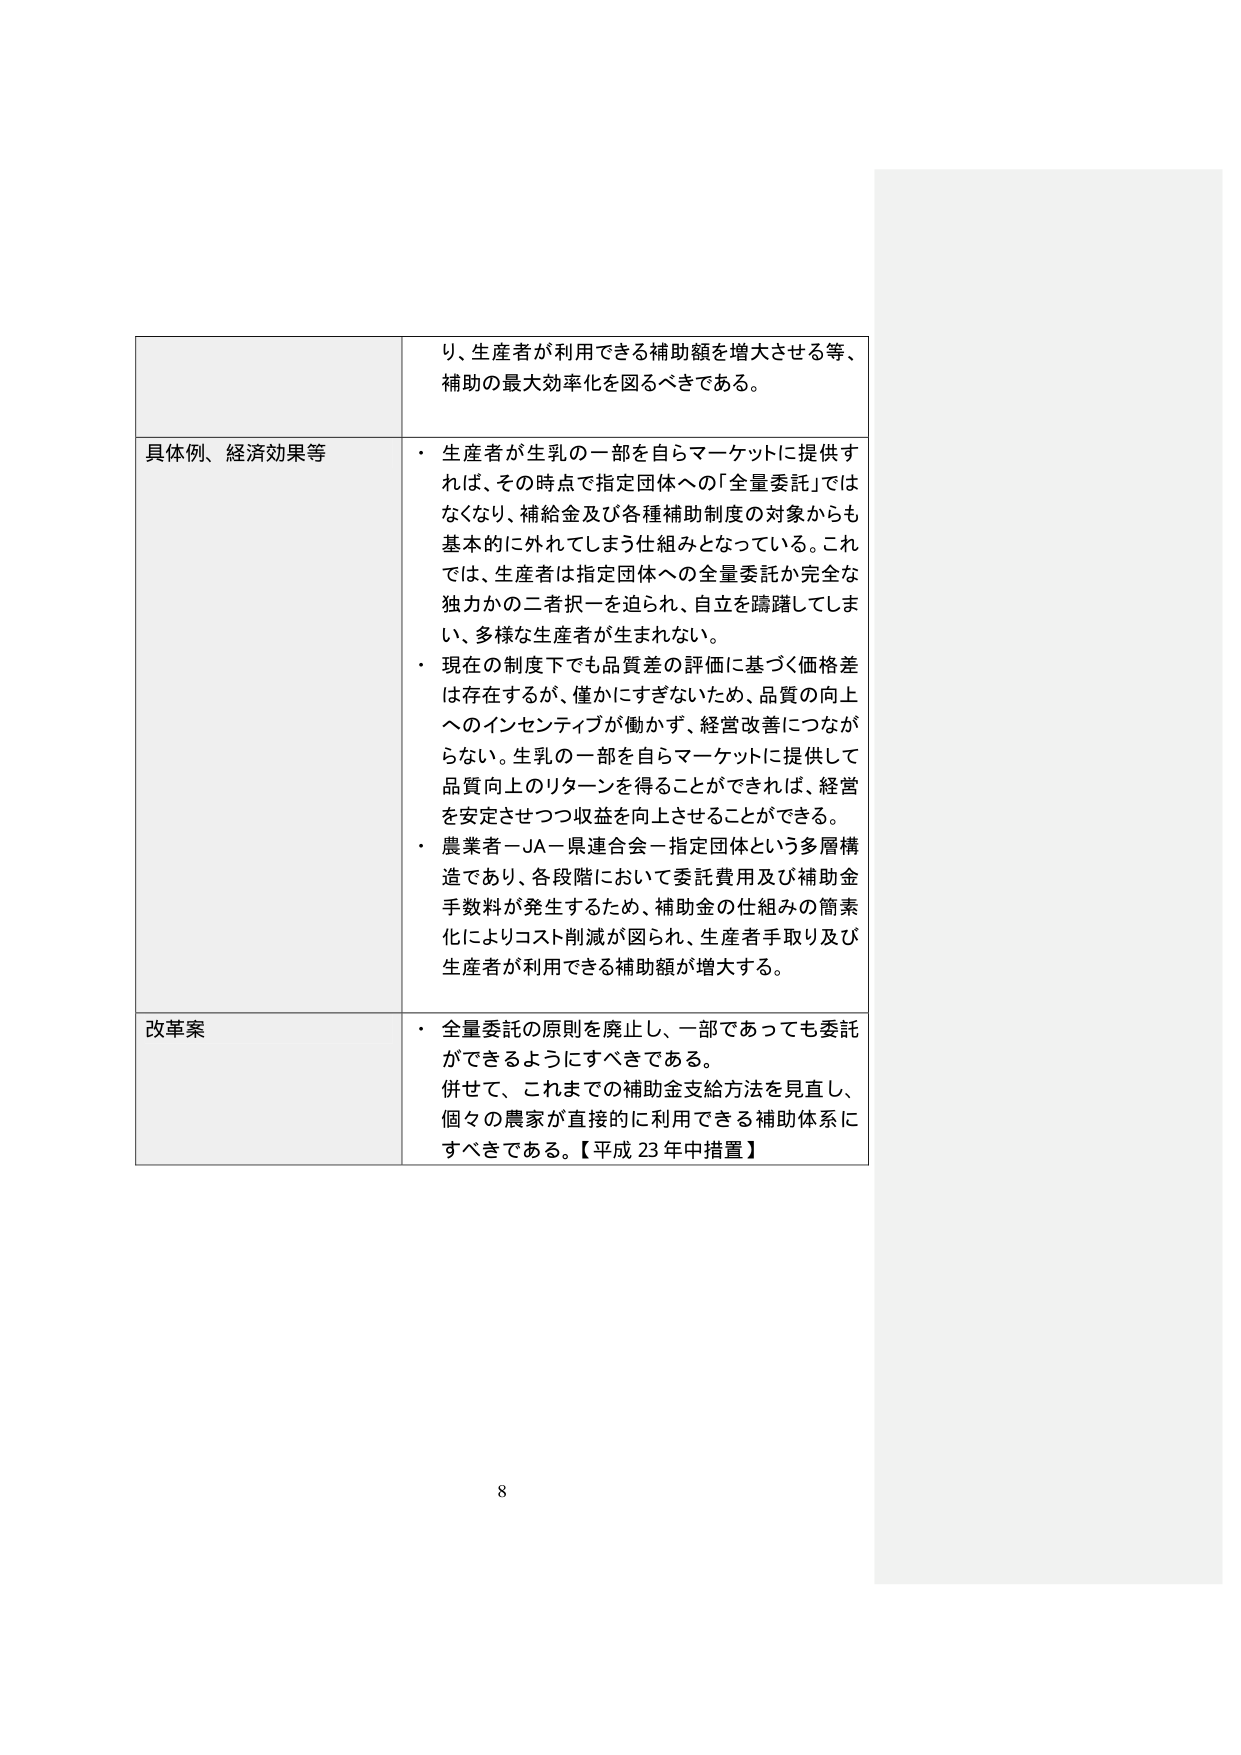
り、生産者が利用できる補助額を増大させる等、
補助の最大効率化を図るべきである。

具体例、経済効果等
・ 生産者が生乳の一部を自らマーケットに提供す
れば、その時点で指定団体への「全量委託」では
なくなり、補給金及び各種補助制度の対象からも
基本的に外れてしまう仕組みとなっている。これ
では、生産者は指定団体への全量委託か完全な
独力かの二者択一を迫られ、自立を躊躇してしま
い、多様な生産者が生まれない。
・ 現在の制度下でも品質差の評価に基づく価格差
は存在するが、僅かにすぎないため、品質の向上
へのインセンティブが働かず、経営改善につなが
らない。生乳の一部を自らマーケットに提供して
品質向上のリターンを得ることができれば、経営
を安定させつつ収益を向上させることができる。
・ 農業者－JA－県連合会－指定団体という多層構
造であり、各段階において委託費用及び補助金
手数料が発生するため、補助金の仕組みの簡素
化によりコスト削減が図られ、生産者手取り及び
生産者が利用できる補助額が増大する。

改革案
・ 全量委託の原則を廃止し、一部であっても委託
ができるようにすべきである。
併せて、これまでの補助金支給方法を見直し、
個々の農家が直接的に利用できる補助体系に
すべきである。【平成 23 年中措置】

8